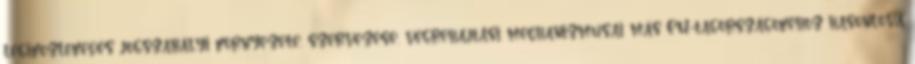
légiközlekedés jogszabályi környezete, szervezése, végrehajtási mechanizmusai más EU-tagországokéhoz hasonlóvá